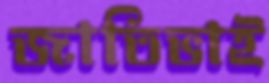
জাতিভাই